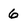
Character: 6